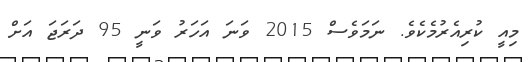
މިއީ ކުރިއެރުމެކެވެ. ނަމަވެސް 2015 ވަނަ އަހަރު ވަނީ 95 ދަރަޖަ އަށް